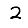
Digit: 2